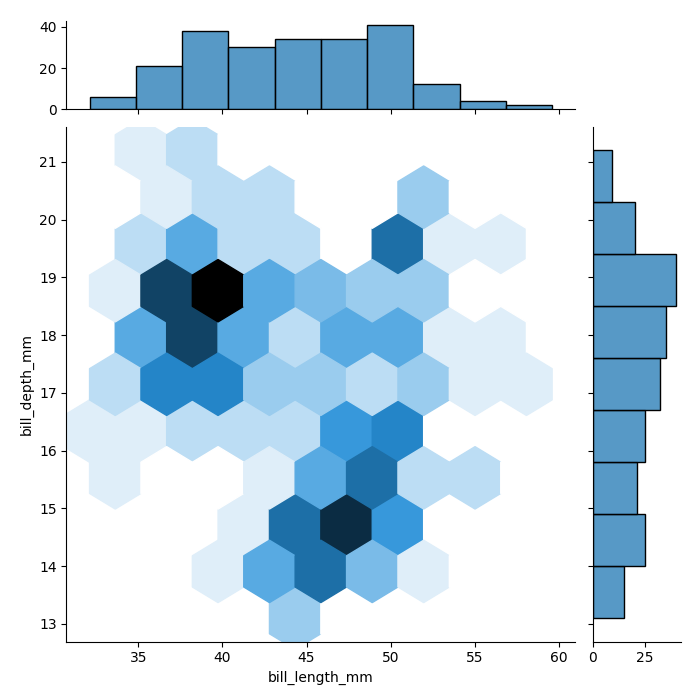
python, seaborn, jointplot, kind='hex', height='7', ratio='5', marginal_ticks='True'